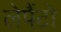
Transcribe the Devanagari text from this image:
लेपैंटो